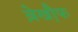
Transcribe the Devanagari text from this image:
बे़खौ़फ